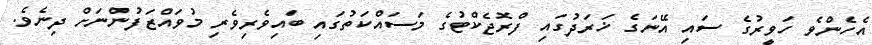
އެހެންވެ ހަވީރުގެ ސައި އޭނަގެ ޚަރަދުގައި ފްރޮޖެކްޓުގެ މަސައްކަތުގައި ބައިވެރިވެރި މުވައްޒަފުންނަށް ދިނެވެ.